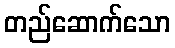
တည်ဆောက်သော